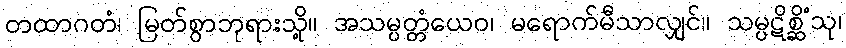
တထာဂတံ၊ မြတ်စွာဘုရားသို့။ အသမ္ပတ္တံယေဝ၊ မရောက်မီသာလျှင်။ သမ္ပဋိစ္ဆိံသု၊